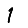
Digit: 1